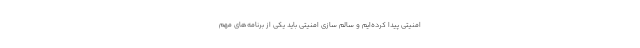
امنیتی پیدا کرده‌ایم و سالم سازی امنیتی باید یکی از برنامه‌های مهم